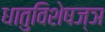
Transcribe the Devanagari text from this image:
धातुविशेषज्ञ